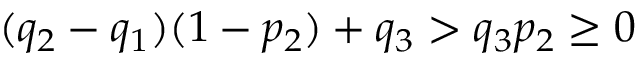
( q _ { 2 } - q _ { 1 } ) ( 1 - p _ { 2 } ) + q _ { 3 } > q _ { 3 } p _ { 2 } \geq 0